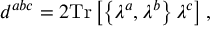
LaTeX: d ^ { a b c } = 2 \mathrm { T r } \left[ \left\{ \lambda ^ { a } , \lambda ^ { b } \right\} \lambda ^ { c } \right] ,